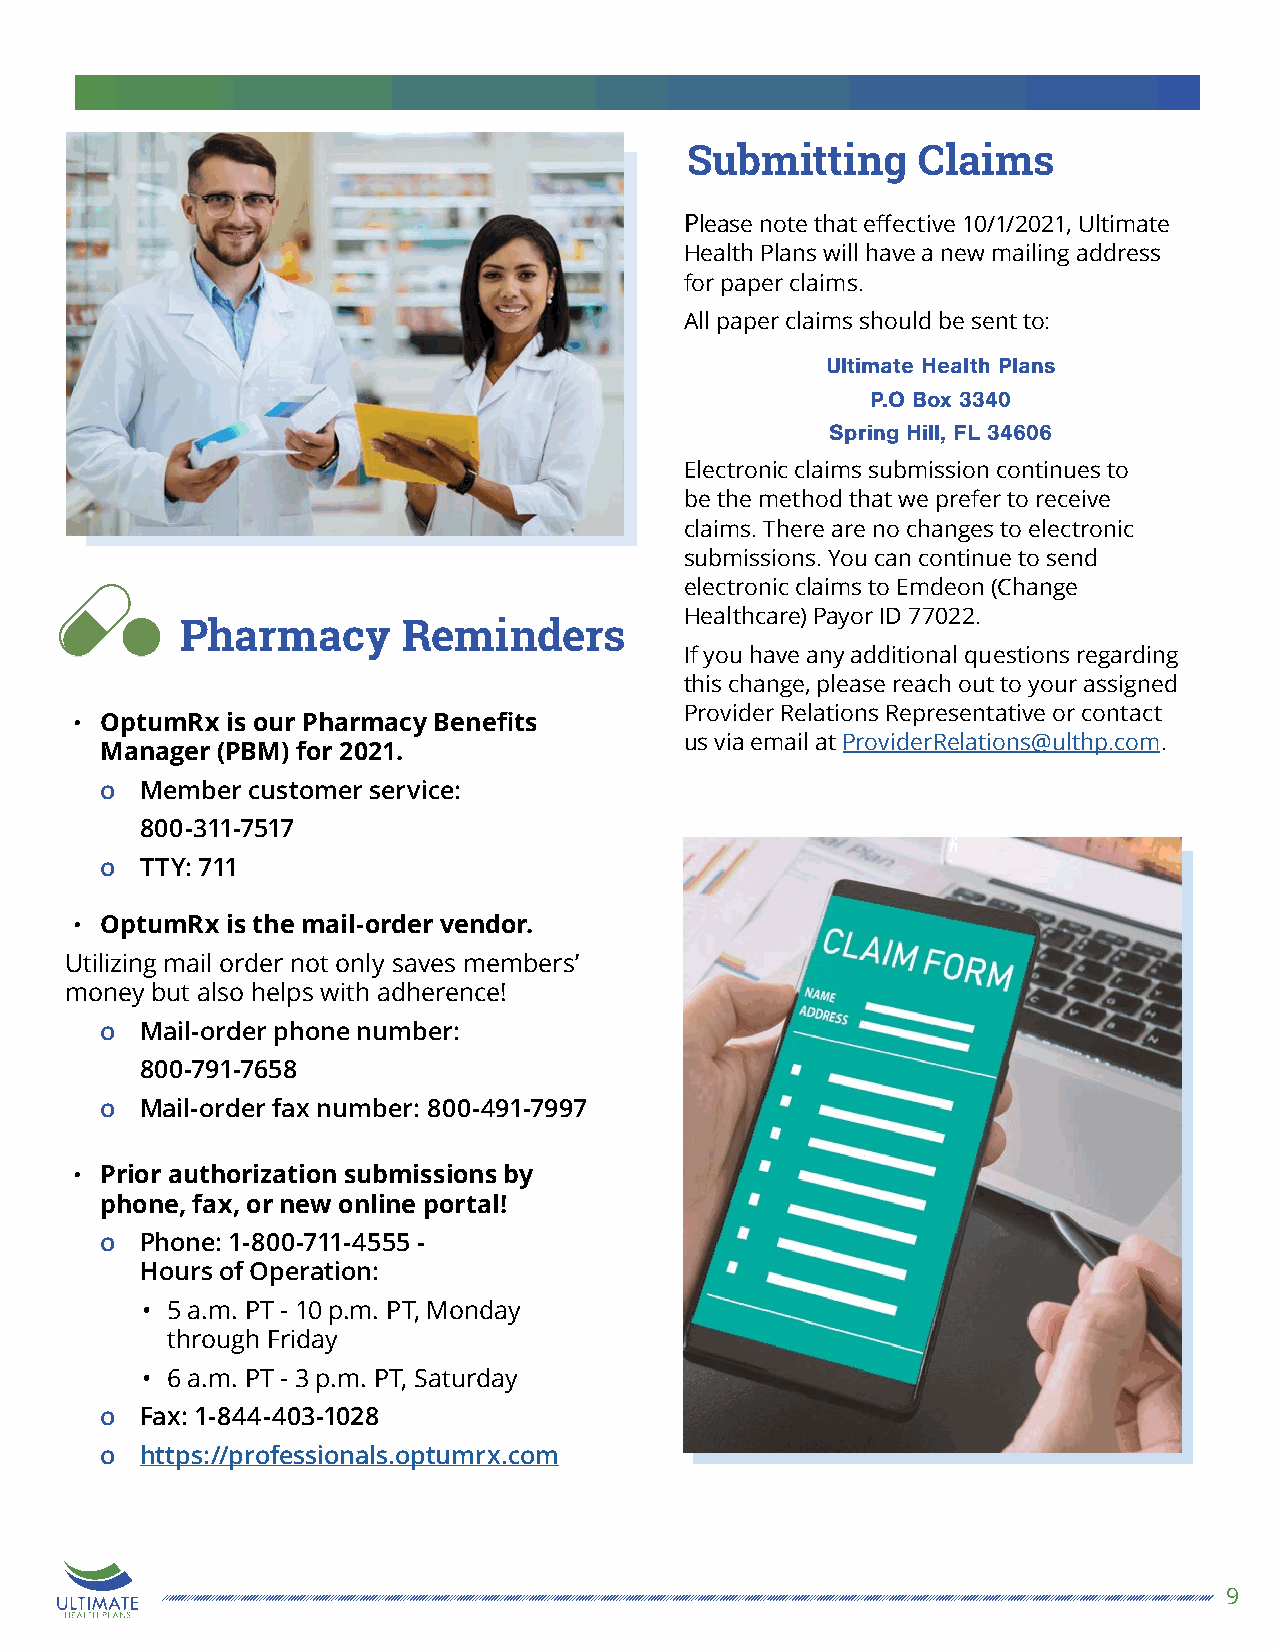
Submitting      Claims
 Please note that effective 10/1/2021, Ultimate
 Health Plans will have a new mailing address
 for paper claims.
 All paper claims should be sent to:
 Ultimate Health Plans
 P.O Box 3340
 Spring Hill, FL 34606
 Electronic claims submission continues to
 be the method that we prefer to receive
 claims. There are no changes to electronic
 submissions. You can continue to send
 electronic claims to Emdeon (Change
 Healthcare) Payor ID 77022.
 Pharmacy       Reminders
 If you have any additional questions regarding
 Lo
 this change, please reach out to your assigned
 re
 m
 Provider Relations Representative or contact
 • OptumRx is our Pharmacy Benefits
 us via email at ProviderRelations@ulthp.com.
 Manager (PBM) for 2021.
 o Member customer service:
 800-311-7517
 o TTY: 711
 • OptumRx is the mail-order vendor.
 Utilizing mail order not only saves members’
 money but also helps with adherence!
 o Mail-order phone number:
 800-791-7658
 o Mail-order fax number: 800-491-7997
 Lorem ipsum dolor
 sit amet,
 • Prior authorization submissions by
 phone, fax, or new online portal!
 o Phone: 1-800-711-4555 -
 Hours of Operation:
 • 5 a.m. PT - 10 p.m. PT, Monday
 through Friday
 • 6 a.m. PT - 3 p.m. PT, Saturday
 o Fax: 1-844-403-1028
 o https://professionals.optumrx.com
 9